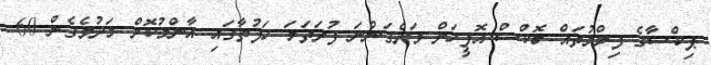
ޕިކްސާގެ ފިލްމުތައް ބޮކްސް އޮފީހަށް ވަދެގަންނަ ފުރަތަމަ ހަފުތާގައި އާންމުކޮށް މަދުވެގެން 60